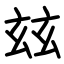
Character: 玆